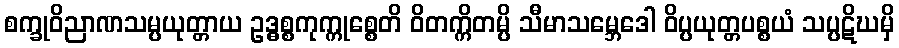
စက္ခုဝိညာဏသမ္ပယုတ္တာယ ဥဒ္ဓစ္စကုက္ကုစ္စေတိ ဝိတက္ကိတမ္ပိ သီမာသမ္ဘေဒေါ ဝိပ္ပယုတ္တပစ္စယံ သပ္ပဋိဃမှိ